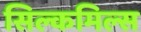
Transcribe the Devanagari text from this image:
सिल्कमिल्स